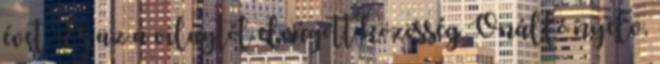
évet. És az a világtól elvágott közösség Önálló nyelv,